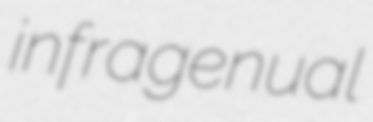
infragenual